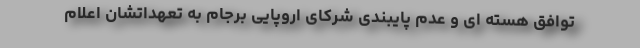
توافق هسته ای و عدم پایبندی شرکای اروپایی برجام به تعهداتشان اعلام